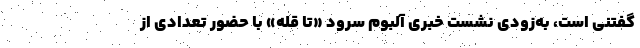
گفتنی است، به‌زودی نشست خبری آلبوم سرود «تا قله» با حضور تعدادی از